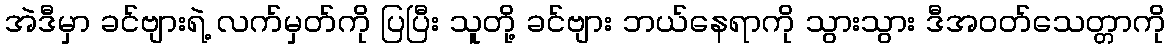
အဲဒီမှာ ခင်ဗျားရဲ့ လက်မှတ်ကို ပြပြီး သူတို့ ခင်ဗျား ဘယ်နေရာကို သွားသွား ဒီအဝတ်သေတ္တာကို